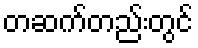
တဆက်တည်းတွင်